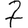
Digit: 7